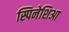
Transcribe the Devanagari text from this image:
स्पिनेशिआ